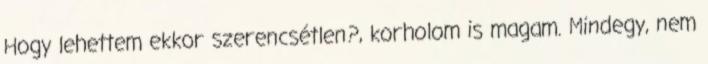
Hogy lehettem ekkor szerencsétlen?, korholom is magam. Mindegy, nem